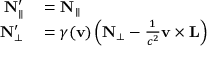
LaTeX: \begin{array} { r l } { \mathbf { N } _ { \parallel } ^ { \prime } } & { { } = \mathbf { N } _ { \parallel } } \\ { \mathbf { N } _ { \perp } ^ { \prime } } & { { } = \gamma ( \mathbf { v } ) \left( \mathbf { N } _ { \perp } - { \frac { 1 } { c ^ { 2 } } } \mathbf { v } \times \mathbf { L } \right) } \end{array}